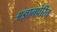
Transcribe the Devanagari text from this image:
अज्ञानप्रेरित